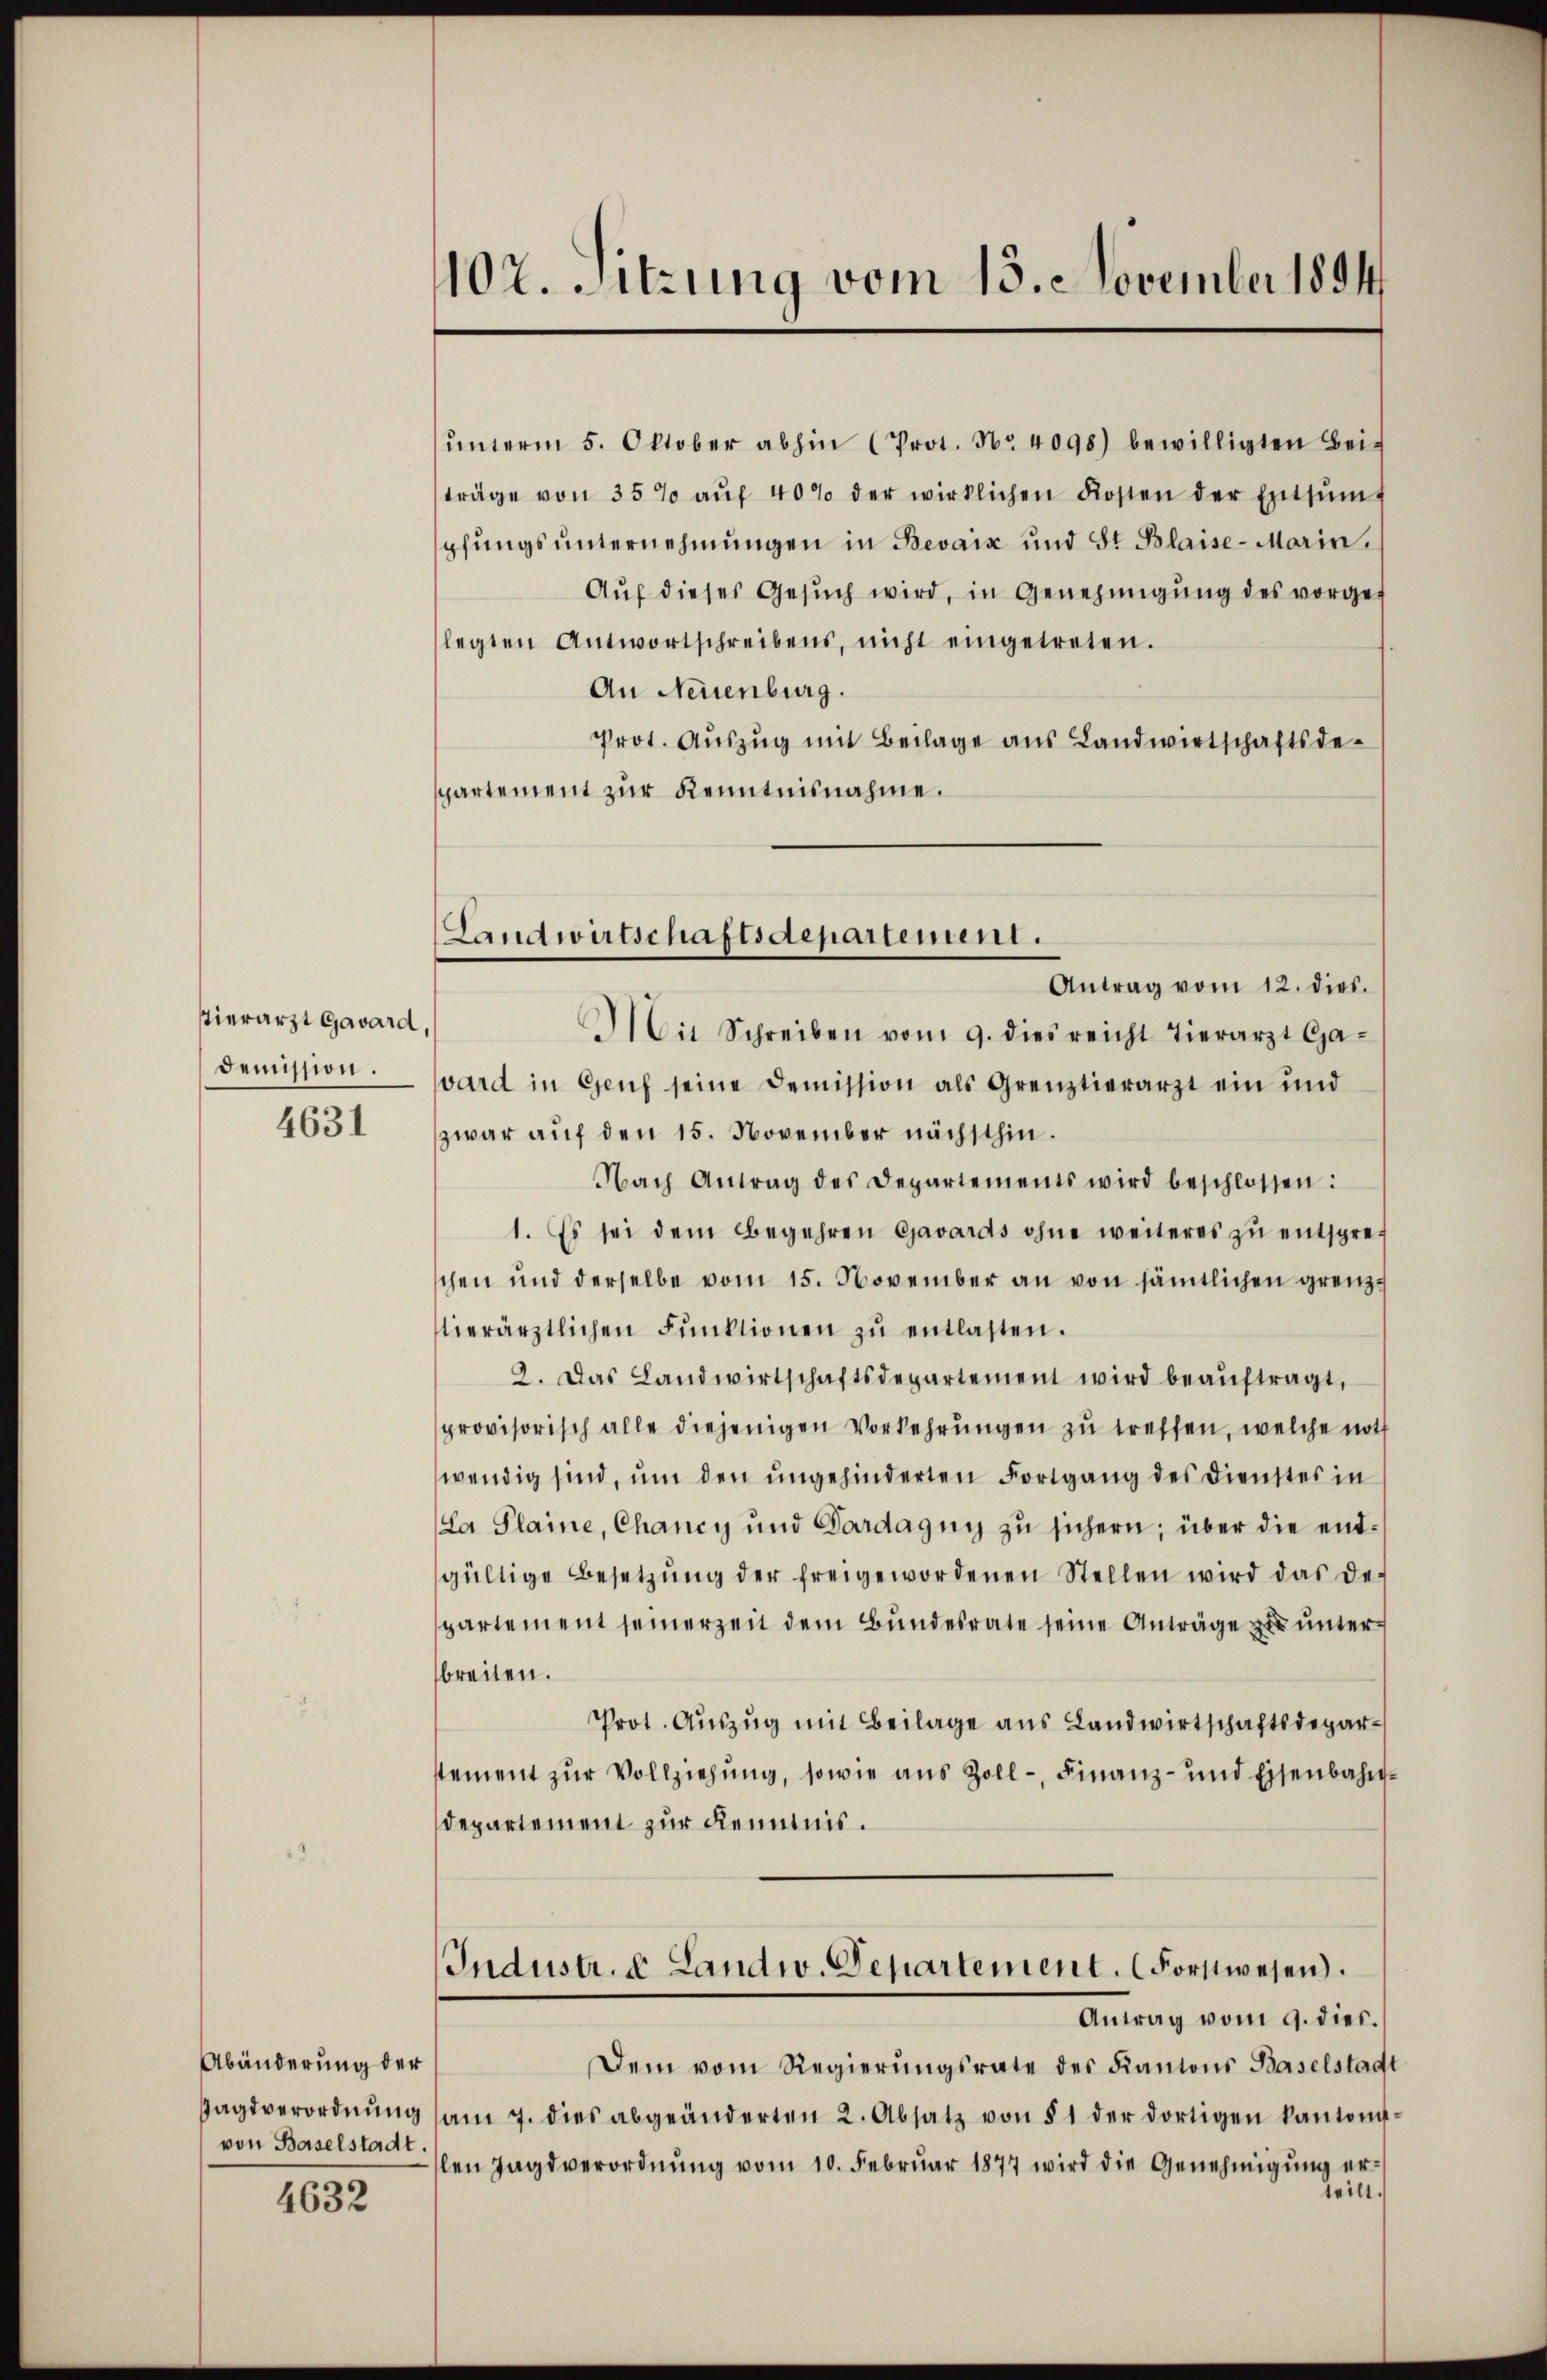
vierarzt Gavard
demission.

4631

Abänderung der
Gagsverordnung
von Baselstadt

4632

102. Sitzung vom 15. November 1894

Landwirtschaftsdepartement.
Antrag vom 12. dies.

ŭnterm 5. Oktober abhin (Prot. No 4098) bewilligten Bei-
träge von 35 % aŭf 40% der wirklichen Kosten der Entsumf
pfungsunternehmungen in Bevaiz und St. Blaise- Marin,
Auf dieses Gesŭch wird, in Genehmigung des vorgef
legten Antwortschreibens, nicht eingetreten.
An Neuenburg.
Prot. Aŭszŭg mit Beilage ans Landwirtschaftsde-
partement zur Kenntnisnahme.
s
Mit Schreiben vom 9. dies reicht Tierarzt Ga-
vard in Genf seine Demission als Grenztierarzt ein und
zwar auf den 15. November nächsthin.
Nach Antrag des Departements wird beschlossen:
1. Es sei dem Begehren Cavards ohne weiteres zu entspreschen und derselbe vom 15. November an von sämtlichen grenztierärztlichen Funktionen zŭ entlasten.
2. Das Landwirtschaftsdepartement wird beaŭftragt,
provisorisch alle diejenigen Vorkehrŭngen zŭ treffen, welche noth
wendig sind, um den ungehinderten Fortgang des Dienstes in
La Plaine, Chancy und Pardagny zu sichern; über die entgültige Besetzŭng der freigewordenen Stellen wird das de-
partement seinerzeit dem Bundesrate seine Anträge zu unterbreiten.
Prot. Aŭszŭg mit Beilage aus Landwirtschaftsdeparstement zur Vollziehung, sowie aus Zoll- Finanz- und Eisenbahndepartement zur Kenntnis.
Industr. u Landw. Departement. (Forstwesen.
Antrag vom 9. dies.
Dem vom Regierungsrate des Kantons Baselstadt
am 7. dies abgeänderten 2. Absatz von § 1 der dortigen kantons-
len Jagsverordnŭng vom 10. Febrŭar 1877 wird die Genehmigŭng er-
teilt.